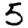
Digit: 5